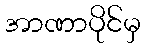
အာဏာပိုင်မှ